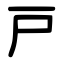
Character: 戸